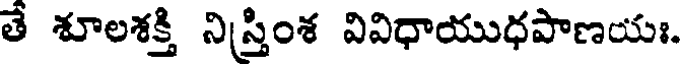
తే శూలశక్తి నిస్తింశ వివిధాయుధపాణయః.